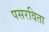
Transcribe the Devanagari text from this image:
पसरविता